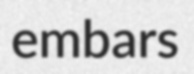
embars